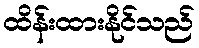
ထိန်းထားနိုင်သည်